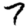
Digit: 7